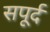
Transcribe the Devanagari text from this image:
सपूर्द